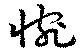
惋